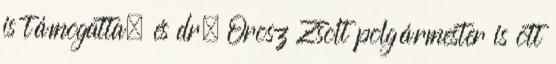
is támogatta, és dr. Orosz Zsolt polgármester is ott